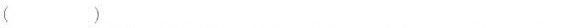
（）___